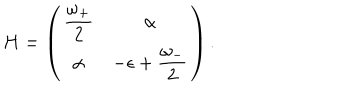
H = \left( \begin{matrix} { { \displaystyle { \frac { \omega _ { + } } { 2 } } } } & { { \alpha } } \\ { { \alpha } } & { { \displaystyle - \epsilon + { \frac { \omega _ { - } } { 2 } } } } \\ \end{matrix} \right) .